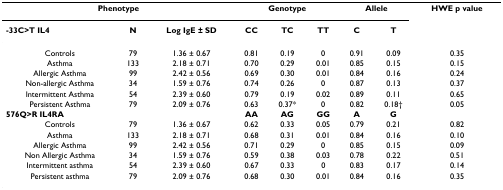
| <COLSPAN=3> Phenotype | <COLSPAN=3> Genotype | <COLSPAN=2> Allele | HWE p value |
 | -33C>T IL4 | N | Log IgE ± SD | CC | TC | TT | C | T |  |
 | --- | --- | --- | --- | --- | --- | --- | --- | --- |
 | Controls | 79 | 1.36 ± 0.67 | 0.81 | 0.19 | 0 | 0.91 | 0.09 | 0.35 |
 | Asthma | 133 | 2.18 ± 0.71 | 0.70 | 0.29 | 0.01 | 0.85 | 0.15 | 0.15 |
 | Allergic Asthma | 99 | 2.42 ± 0.56 | 0.69 | 0.30 | 0.01 | 0.84 | 0.16 | 0.24 |
 | Non-allergic Asthma | 34 | 1.59 ± 0.76 | 0.74 | 0.26 | 0 | 0.87 | 0.13 | 0.37 |
 | Intermittent Asthma | 54 | 2.39 ± 0.60 | 0.79 | 0.19 | 0.02 | 0.89 | 0.11 | 0.65 |
 | Persistent Asthma | 79 | 2.09 ± 0.76 | 0.63 | 0.37* | 0 | 0.82 | 0.18† | 0.05 |
 | 576Q>R IL4RA |  |  | AA | AG | GG | A | G |  |
 | Controls | 79 | 1.36 ± 0.67 | 0.62 | 0.33 | 0.05 | 0.79 | 0.21 | 0.82 |
 | Asthma | 133 | 2.18 ± 0.71 | 0.68 | 0.31 | 0.01 | 0.84 | 0.16 | 0.10 |
 | Allergic Asthma | 99 | 2.42 ± 0.56 | 0.71 | 0.29 | 0 | 0.85 | 0.15 | 0.09 |
 | Non Allergic Asthma | 34 | 1.59 ± 0.76 | 0.59 | 0.38 | 0.03 | 0.78 | 0.22 | 0.51 |
 | Intermittent asthma | 54 | 2.39 ± 0.60 | 0.67 | 0.33 | 0 | 0.83 | 0.17 | 0.14 |
 | Persistent asthma | 79 | 2.09 ± 0.76 | 0.68 | 0.30 | 0.01 | 0.84 | 0.16 | 0.35 |